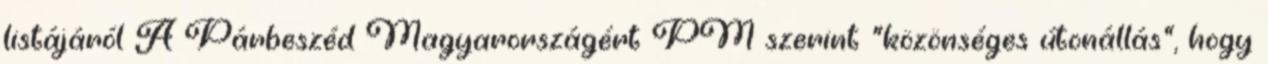
listájáról A Párbeszéd Magyarországért PM szerint "közönséges útonállás", hogy